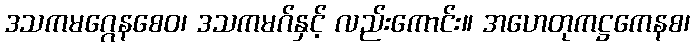
ဒသကမဂ္ဂေနစေဝ၊ ဒသကမဂ်နှင့် လည်းကောင်း။ အဟေတုကဋ္ဌကေနစ၊